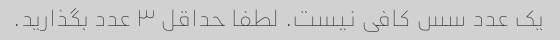
یک عدد سس کافی نیست. لطفا حداقل ۳ عدد بگذارید.